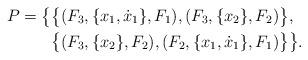
LaTeX: \begin{align*} P=\big\{&\big\{(F_3,\{x_1,\dot x_1\},F_1),(F_3,\{x_2\},F_2)\big\},\\ &\big\{(F_3,\{x_2\},F_2),(F_2,\{x_1,\dot x_1\},F_1)\big\}\big\}.\end{align*}